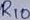
Text: R10